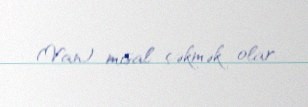
(Van) misal çəkmək olar.